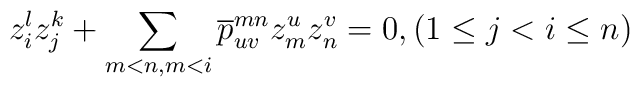
z_{i}^{l}z_{j}^{k}+\sum_{m<n,m<i}\overline{p}_{uv}^{mn} z_{m}^{u}z_{n}^{v}=0,(1\leq j<i\leq n)